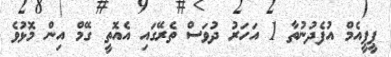
ޕީޕީއެމް އުފެދުނުތާ 1 އަހަރު ދުވަސް ތެރޭގައި އެއޮތީ ގޭމް އިން މޮޅުވެ